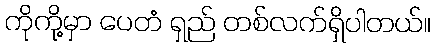
ကိုကို့မှာ ပေတံ ရှည် တစ်လက်ရှိပါတယ်။